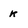
Character: k